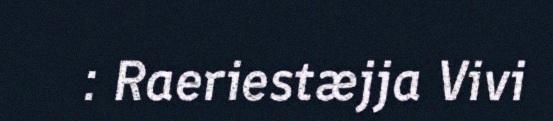
: Raeriestæjja Vivi